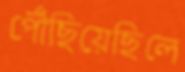
পৌঁছিয়েছিলে